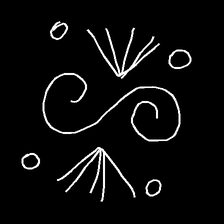
Glyph: aeroform